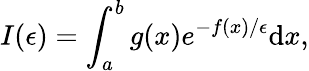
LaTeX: I(\epsilon)=\int_{a}^{b}g(x)e^{-f(x)/\epsilon}\mathrm{d}x,